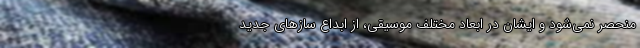
منحصر نمی‌شود و ایشان در ابعاد مختلف موسیقی، از ابداع سازهای جدید